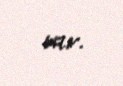
var.